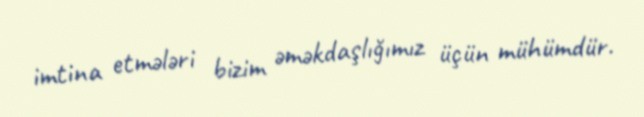
imtina etmələri bizim əməkdaşlığımız üçün mühümdür.